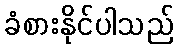
ခံစားနိုင်ပါသည်